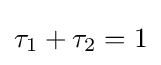
\tau _{1}+\tau _{2}=1